Annual administration report of the Civil Veterinary Department of India - 1896-1897
Year: 1896
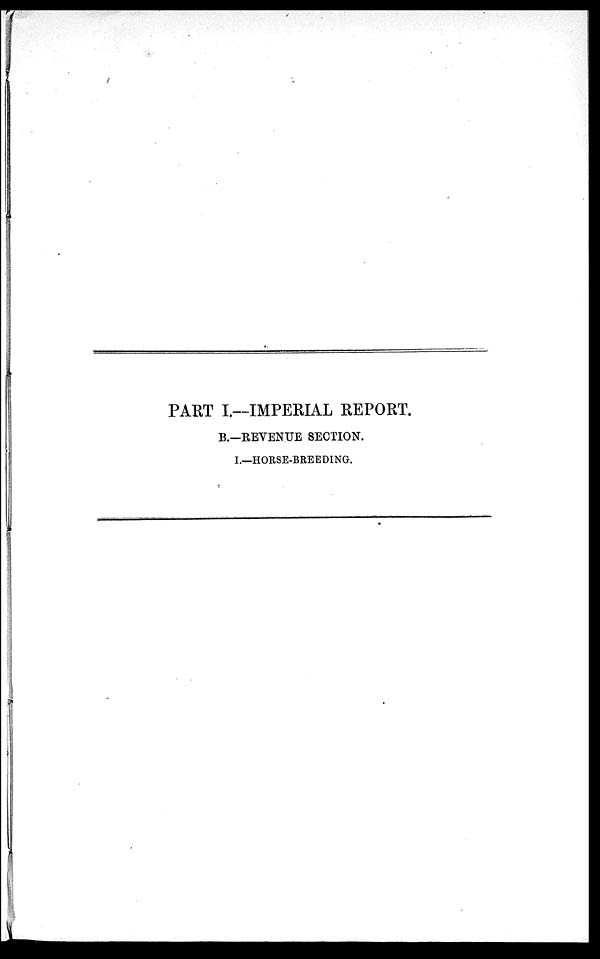
PART I.—IMPERIAL REPORT.
B.—REVENUE SECTION.
I.—HORSE-BREEDING.